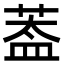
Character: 葢